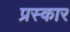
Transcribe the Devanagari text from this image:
प्रस्कार